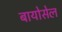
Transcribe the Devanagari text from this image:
बायोसेल